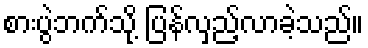
စားပွဲဘက်သို့ ပြန်လှည့်လာခဲ့သည်။